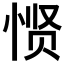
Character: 𱞠